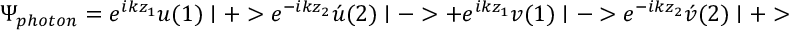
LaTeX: \Psi _ { p h o t o n } = e ^ { i k z _ { 1 } } u ( 1 ) \mid + > e ^ { - i k z _ { 2 } } \acute { u } ( 2 ) \mid - > + e ^ { i k z _ { 1 } } v ( 1 ) \mid - > e ^ { - i k z _ { 2 } } \acute { v } ( 2 ) \mid + >